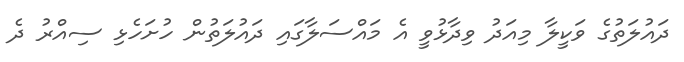
ދައުލަތުގެ ވަކީލާ މިއަދު ވިދާޅުވީ އެ މައްސަލާގައި ދައުލަތުން ހުށަހެޅި ސިއްރު ދެ